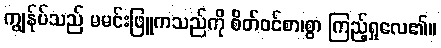
ကျွန်ုပ်သည် မမင်းဖြူကသည်ကို စိတ်ဝင်စာ၊စွာ ကြည့်ရှုလေ၏။